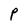
Character: P